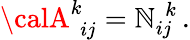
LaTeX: {\calA}_{\, \, ij}^{k}={\cal\mathbb{N}}_{ij}^{\, \, k}\, .